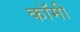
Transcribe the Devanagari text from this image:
कॉमी